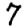
Digit: 7